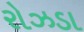
રોઝડા